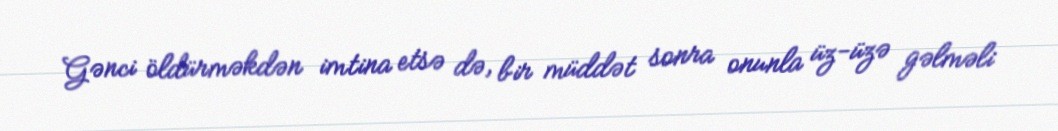
Gənci öldürməkdən imtina etsə də, bir müddət sonra onunla üz-üzə gəlməli